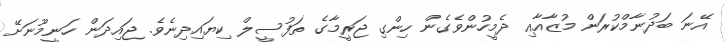
އޭނަ ބަދުނާމްކުރަން މުޒާއާއި ދެމީހުންވެގެން ހިންގި ޖަރީމާގެ ތަފުސީލް ކިޔައިދިނެވެ. ޖައިދަން ހަނީމޫނަށޭ